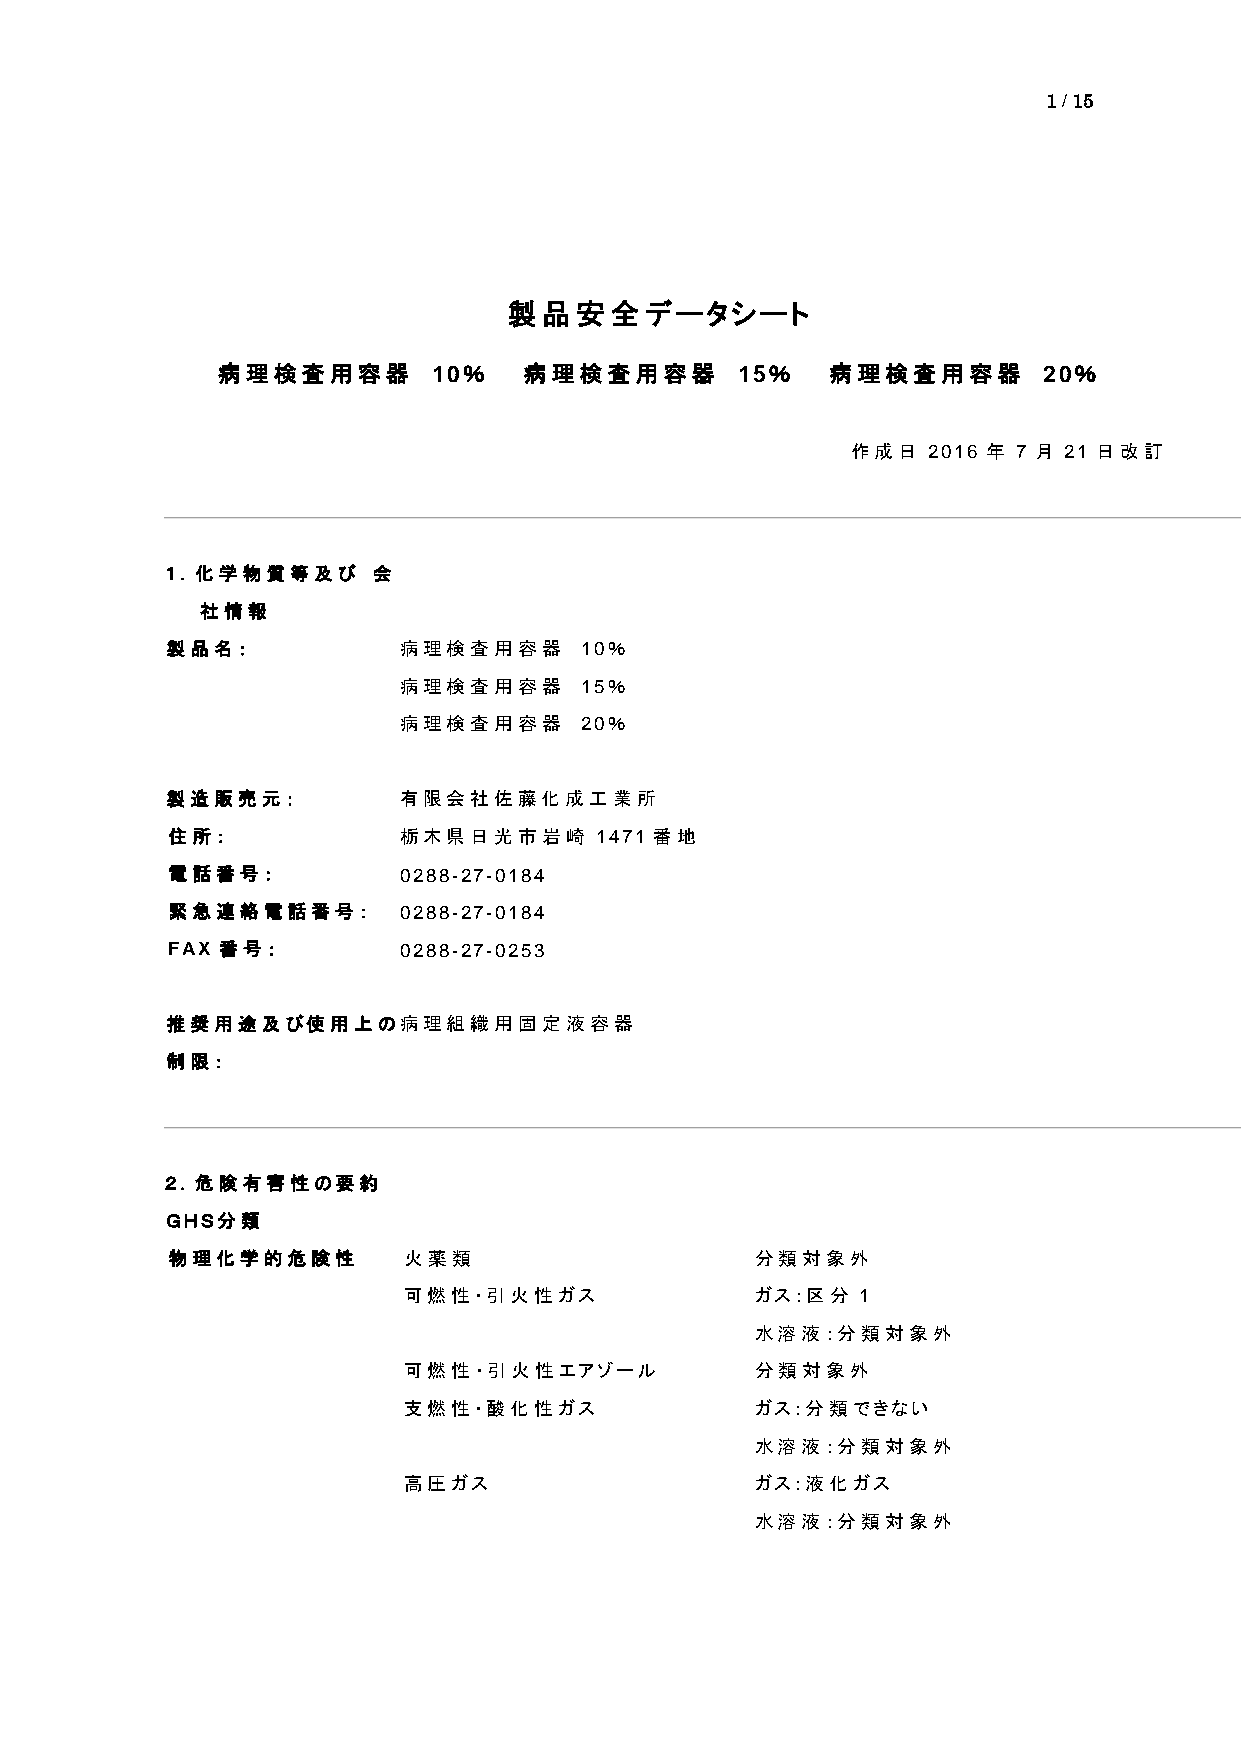
1 / 15
 製品安全データシート
 病理検査用容器        10％   病理検査用容器       15％   病理検査用容器       20％
 作成日  2016 年 7 月 21 日改訂
 １．化学物質等及び     会
 社情報
 製品名：           病理検査用容器     10％
 病理検査用容器     15％
 病理検査用容器     20％
 製造販売元：         有限会社佐藤化成工業所
 住所：            栃木県日光市岩崎     1471 番地
 電話番号：          0288-27-0184
 緊急連絡電話番号：      0288-27-0184
 FAX 番号：        0288-27-0253
 推奨用途及び使用上の病理組織用固定液容器
 制限：
 ２．危険有害性の要約
 ＧＨＳ分類
 物理化学的危険性        火薬類                    分類対象外
 可燃性・引火性ガス              ガス：区分  1
 水溶液：分類対象外
 可燃性・引火性エアゾール           分類対象外
 支燃性・酸化性ガス              ガス：分類できない
 水溶液：分類対象外
 高圧ガス                   ガス：液化ガス
 水溶液：分類対象外